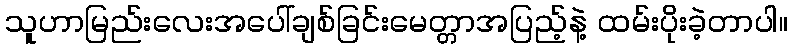
သူဟာမြည်းလေးအပေါ်ချစ်ခြင်းမေတ္တာအပြည့်နဲ့ ထမ်းပိုးခဲ့တာပါ။